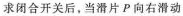
求闭合开关后，当滑片P向右滑动